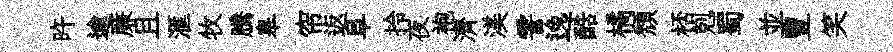
旿逾亷且滙牧騰皋帘返阜拎夜袍濟渼霅逸酷橘頽桮剋蜀並豊笑